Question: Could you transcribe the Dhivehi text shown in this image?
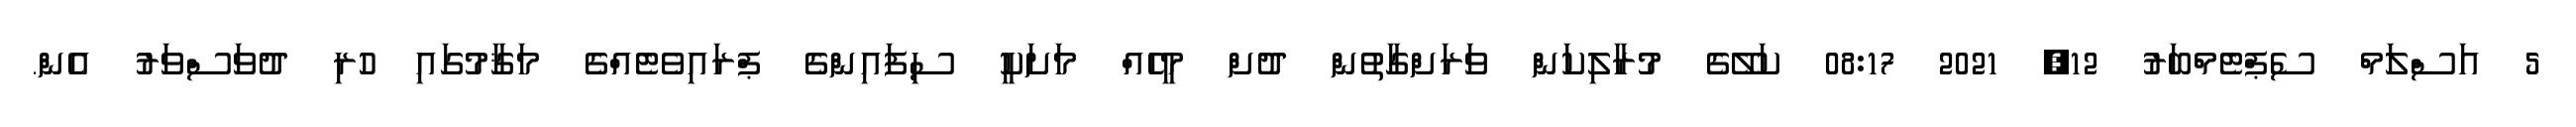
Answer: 5 އަސްލަމް ސެޕްޓެމްބަރު 12, 2021 08:17 ކަލޭގެ މުރާލިކަން ވަރަށްގާތުން ދުށް މީހެއް މަށަކީ ސިފައިންގެ ޕްރައިވެޓެއްގެ މަޤާމުގައި ހުރި ދުވަސްވަރު އެން.